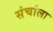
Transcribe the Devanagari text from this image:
संचांला